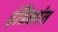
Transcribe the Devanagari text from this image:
इंडिकांत